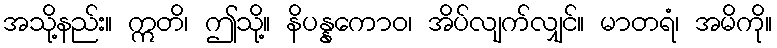
အသို့နည်း။ ဣတိ၊ ဤသို့။ နိပန္နကောဝ၊ အိပ်လျက်လျှင်။ မာတရံ၊ အမိကို။